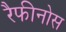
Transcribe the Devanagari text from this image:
रैफीनोस